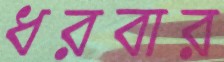
ধরবার